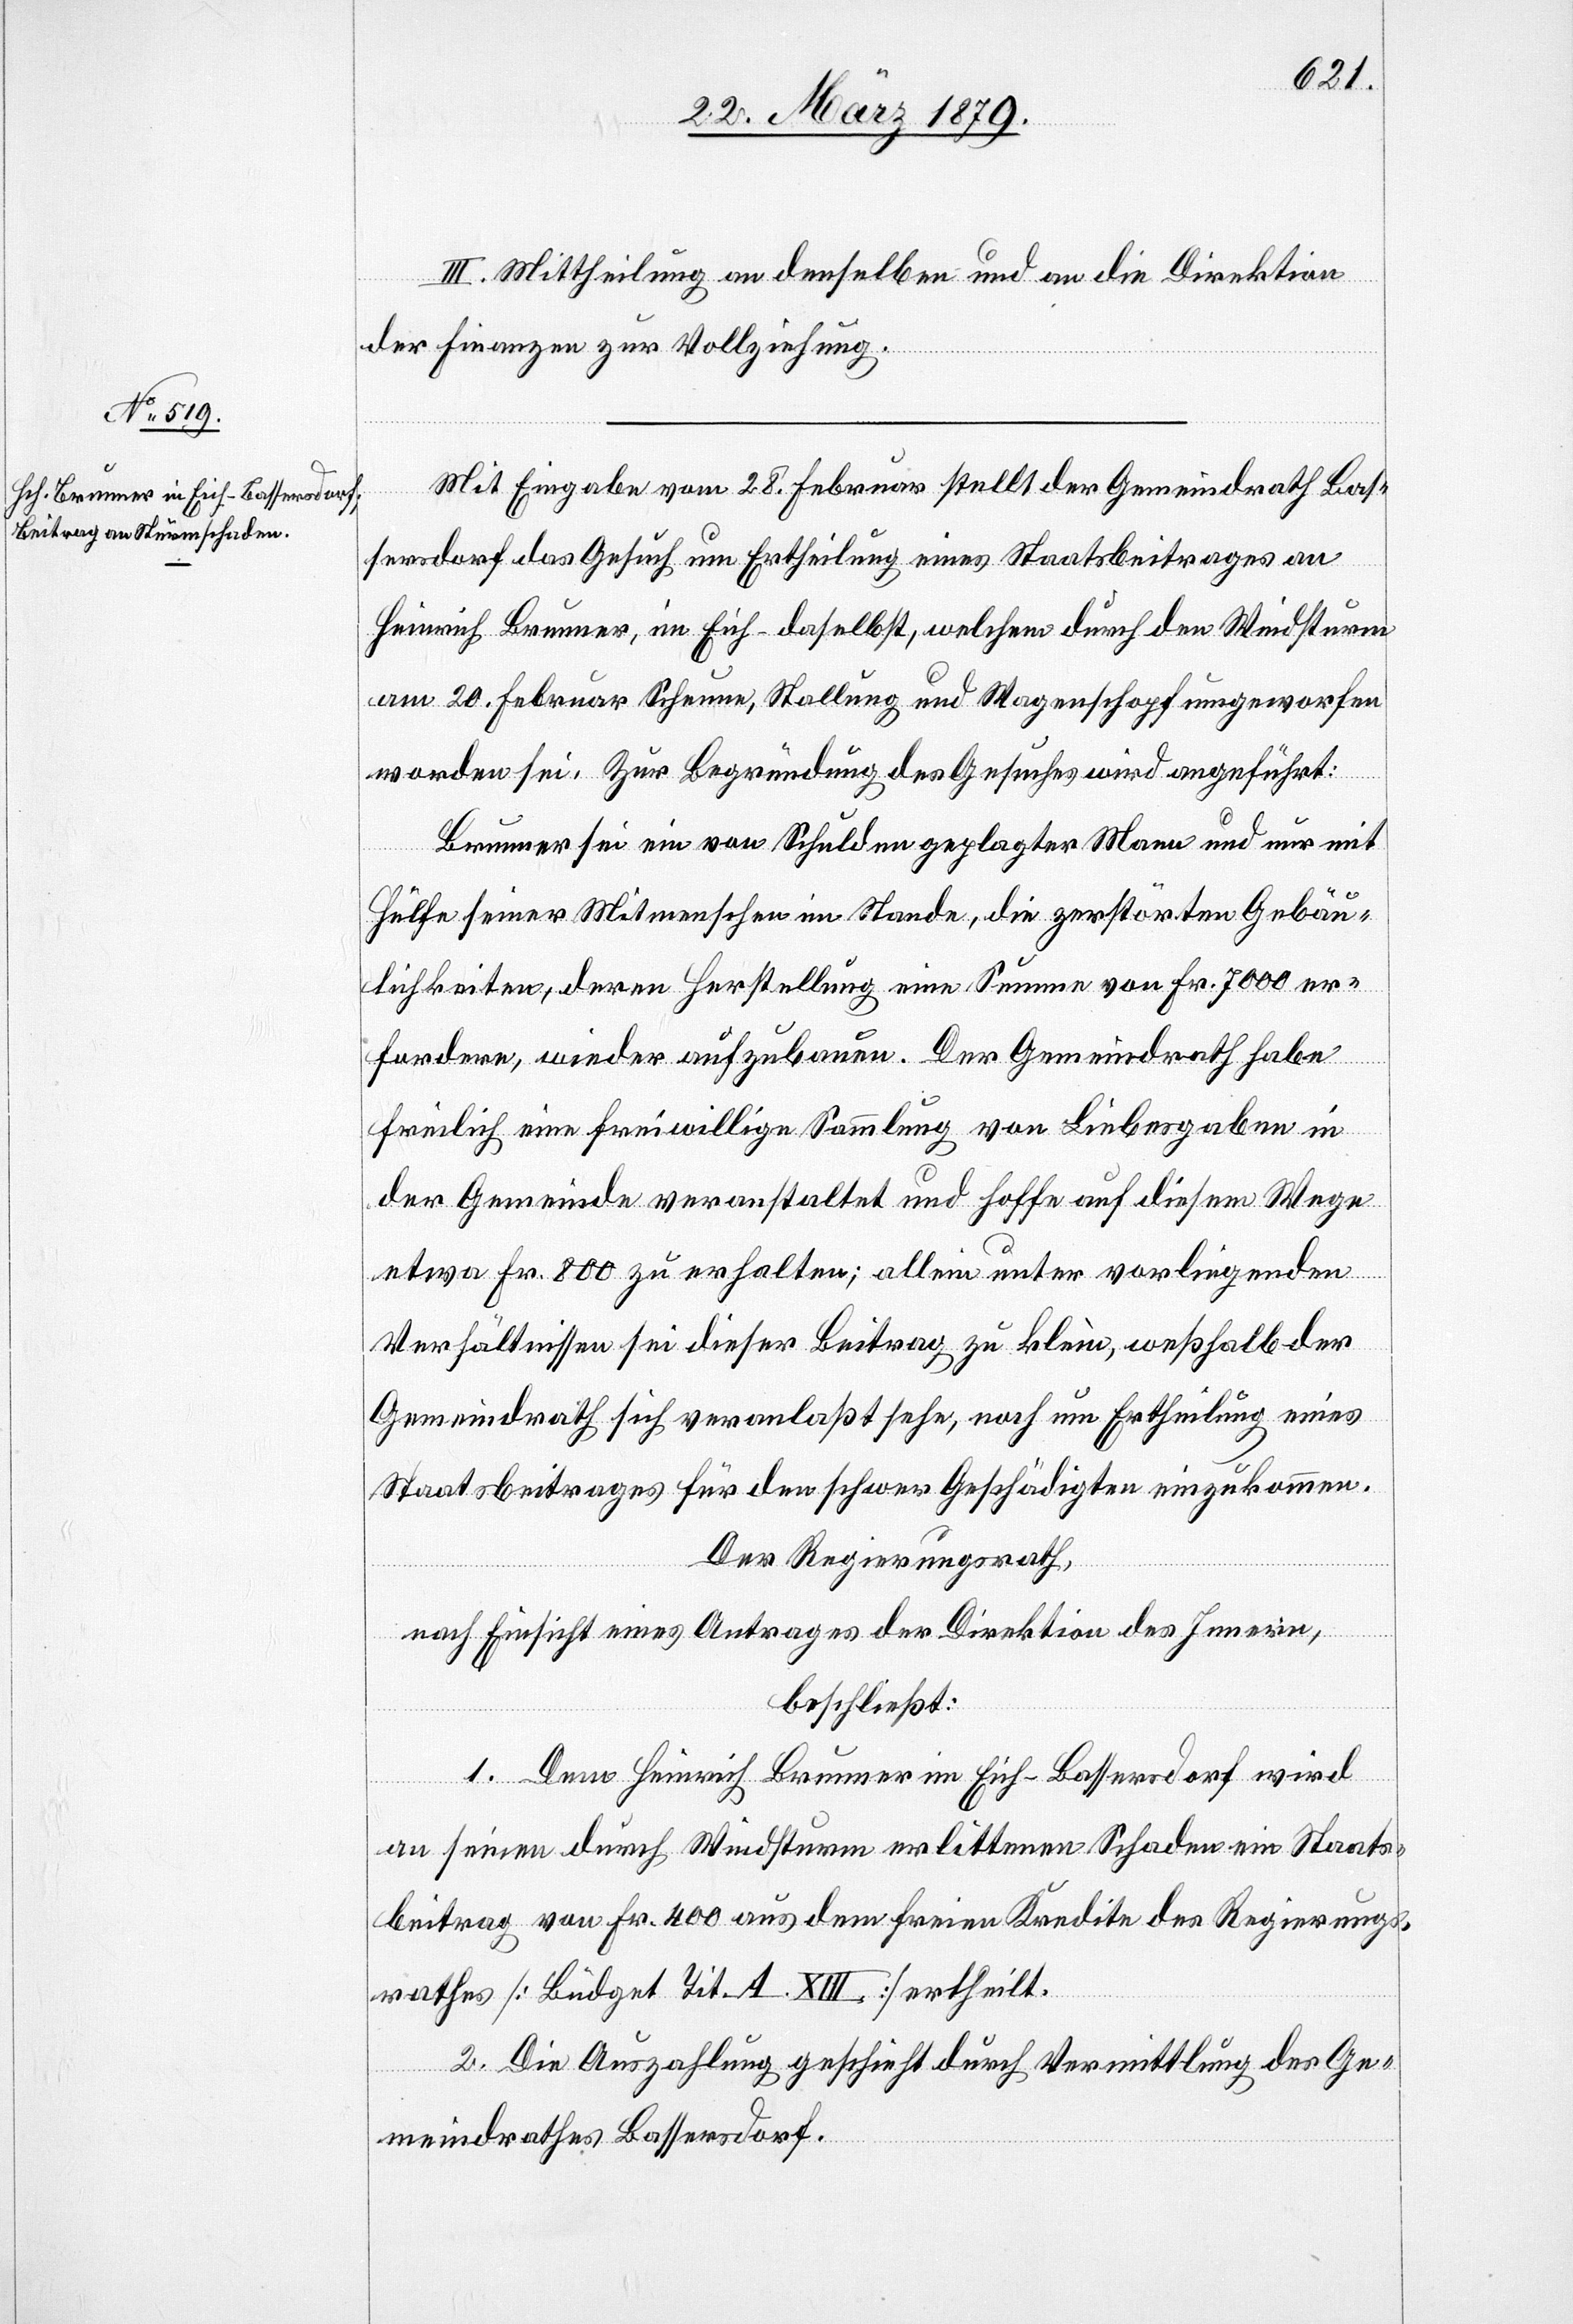
III. Mittheilung an denselben und an die Direktion
der Finanzen zur Vollziehung.
Mit Eingabe vom 28. Februar stellt der Gemeindrath Bas¬
sersdorf das Gesuch um Ertheilung eines Staatsbeitrages an
Heinrich Brunner, im Eich daselbst, welchem durch den Windsturm
am 20. Februar Scheune, Stallung und Wagenschopf umgeworfen
worden sei. Zur Begründung des Gesuches wird angeführt:
Brunner sei ein von Schulden geplagter Mann und nur mit
Hülfe seiner Mitmenschen im Stande, die zerstörten Gebäu¬
lichkeiten, deren Herstellung eine Summe von Fr. 7000 er¬
fordere, wieder aufzubauen. Der Gemeindrath habe
freilich eine freiwillige Sammlung von Liebesgaben in
der Gemeinde veranstaltet und hoffe auf diesem Wege
etwa Fr. 800 zu erhalten; allein unter vorliegenden
Verhältnissen sei dieser Beitrag zu klein, weßhalb der
Gemeindrath sich veranlaßt sehe, noch um Ertheilung eines
Staatsbeitrages für den schwer Geschädigten einzukommen.
Der Regierungsrath,
nach Einsicht eines Antrages der Direktion des Innern,
beschließt:
1. Dem Heinrich Brunner im Eich - Bassersdorf wird
an seinen durch Windsturm erlittenen Schaden ein Staats¬
beitrag von Fr. 400 aus dem freien Kredit des Regierungs¬
rathes [Büdget Tit. A. XIII] ertheilt.
2. Die Auszahlung geschieht durch Vermittlung des Ge¬
meindrathes Bassersdorf.